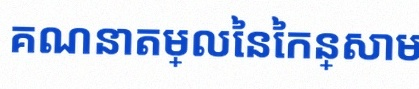
គណនាតម្លៃនៃកន្សោម